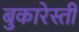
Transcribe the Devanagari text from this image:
बुकारेस्ती